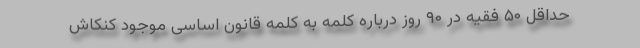
حداقل ۵۰ فقیه در ۹۰ روز درباره کلمه به کلمه قانون اساسی موجود کنکاش